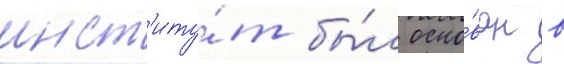
инст'иту́т бы́л осно́ван в